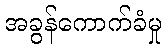
အခွန်ကောက်ခံမှု